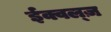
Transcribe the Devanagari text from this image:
ईक्वल्ज़